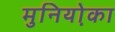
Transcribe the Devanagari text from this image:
मुनियो़का